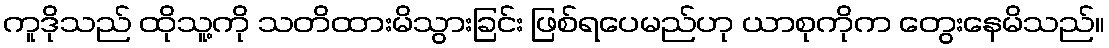
ကူဒိုသည် ထိုသူ့ကို သတိထားမိသွားခြင်း ဖြစ်ရပေမည်ဟု ယာစုကိုက တွေးနေမိသည်။